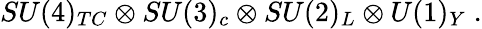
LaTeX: SU(4)_{TC}\otimes SU(3)_{c}\otimes SU(2)_{L}\otimes U(1)_{Y}\; .